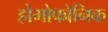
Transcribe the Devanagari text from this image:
होमोफोनिक